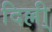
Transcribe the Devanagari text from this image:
दिल्ली्